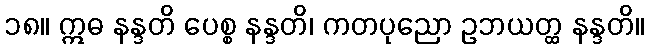
၁၈။ ဣဓ နန္ဒတိ ပေစ္စ နန္ဒတိ၊ ကတပုညော ဥဘယတ္ထ နန္ဒတိ။